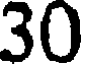
30